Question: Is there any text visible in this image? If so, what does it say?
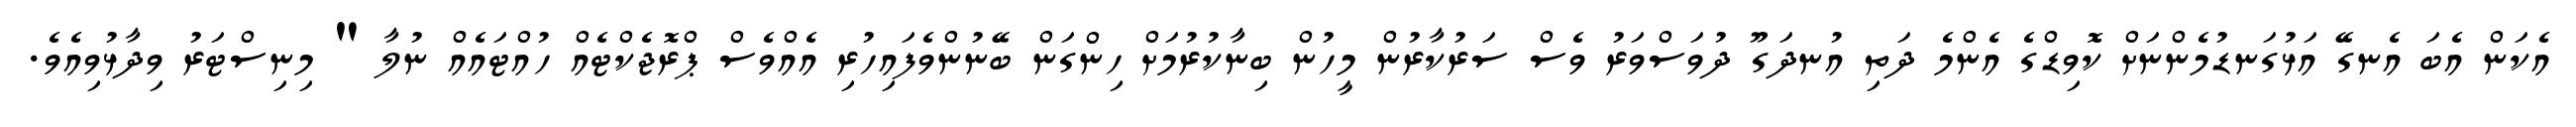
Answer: އެކަން އެބަ އެނގޭ އަޅުގަނޑުމެންނަށް ކޮވިޑްގެ އެންމެ ދަތި އުނދަގޫ ދުވަސްވަރު ވެސް ސަރުކާރުން މީހުން ބިނާކުރުމަށް ހިންގަން ބޭނުންވެފައިހުރި އެއްވެސް ޕްރޮޖެކްޓެއް ހުއްޓައެއް ނުލާ " މިނިސްޓަރު ވިދާޅުވިއެވެ.